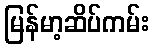
မြန်မာ့ဆိပ်ကမ်း